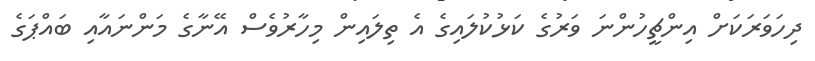
ދިހަވަރަކަށް އިންޗީހުންނަ ވަރުގެ ކަޅުކުލައިގެ އެ ތިލައިން މިހާރުވެސް އޭނާގެ މަންނައާއި ބައްޕަގެ